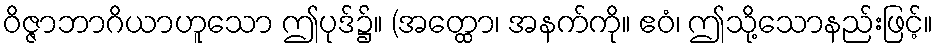
ဝိဇ္ဇာဘာဂိယာဟူသော ဤပုဒ်၌။ (အတ္ထော၊ အနက်ကို။ ဧဝံ၊ ဤသို့သောနည်းဖြင့်။